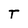
Character: T